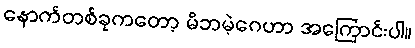
နောက်တစ်ခုကတော့ မိဘမဲ့ဂေဟာ အကြောင်းပါ။